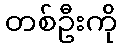
တစ်ဦးကို